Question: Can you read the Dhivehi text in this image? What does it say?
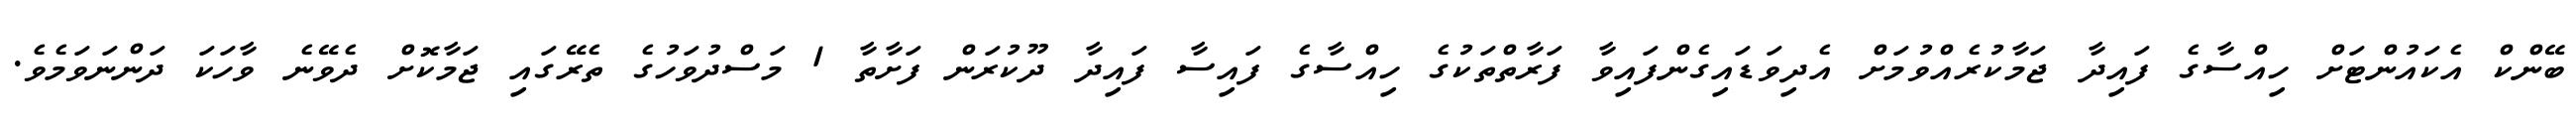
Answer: ބޭންކް އެކައުންޓަށް ހިއްސާގެ ފައިދާ ޖަމާކުރެއްވުމަށް އެދިވަޑައިގެންފައިވާ ފަރާތްތަކުގެ ހިއްސާގެ ފައިސާ ފައިދާ ދޫކުރަން ފަށާތާ 1 މަސްދުވަހުގެ ތެރޭގައި ޖަމާކޮށް ދެވޭނެ ވާހަކަ ދަންނަވަމެވެ.